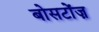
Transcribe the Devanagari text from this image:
बोसटोंज़